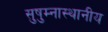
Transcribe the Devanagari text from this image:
सुषुम्नास्थानीय